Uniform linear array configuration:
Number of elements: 64
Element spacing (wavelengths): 0.5
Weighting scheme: exponential
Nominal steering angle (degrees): -60
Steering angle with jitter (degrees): -60.287
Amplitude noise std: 0.05
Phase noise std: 0.05

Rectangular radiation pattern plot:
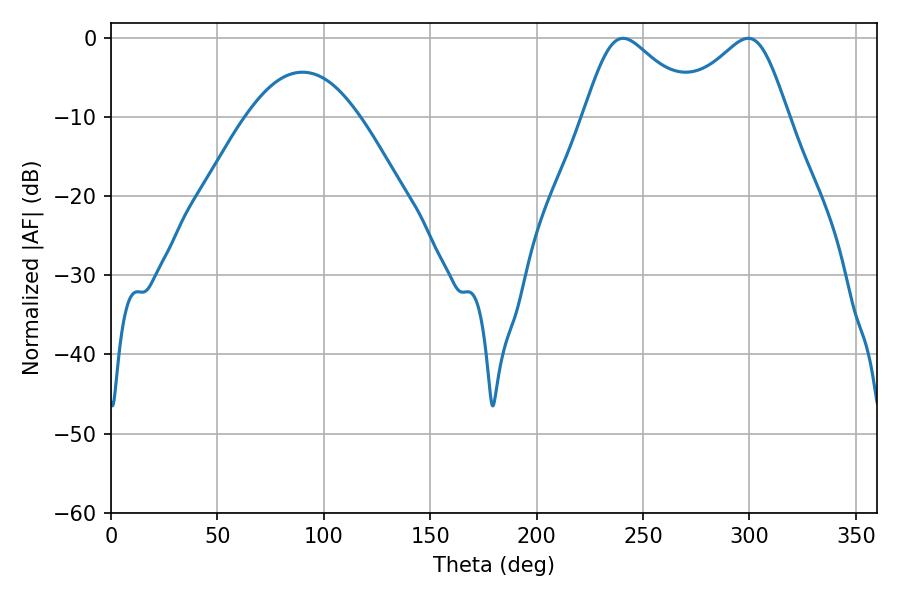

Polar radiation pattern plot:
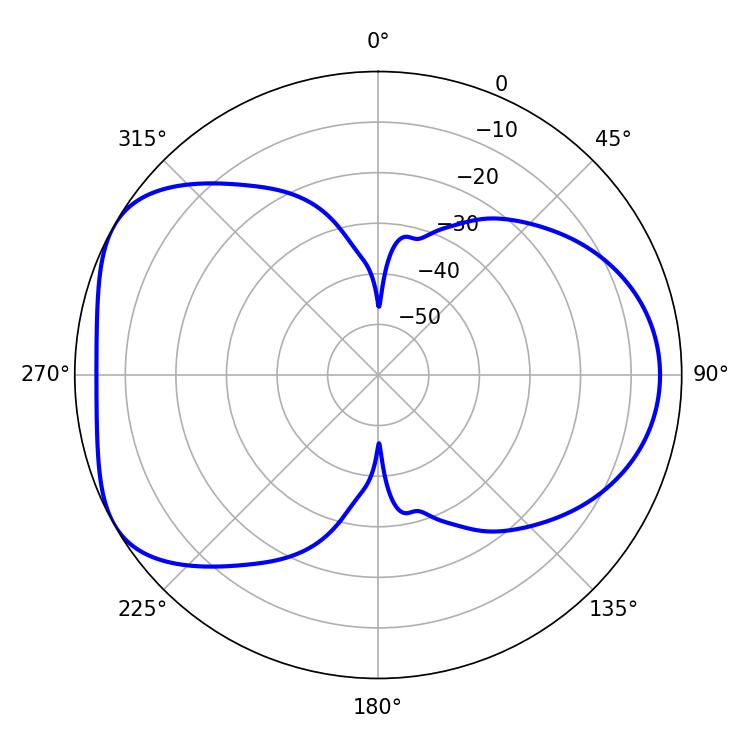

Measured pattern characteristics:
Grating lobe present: FALSE
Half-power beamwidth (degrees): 26.46
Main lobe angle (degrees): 240.66